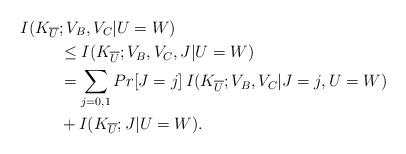
LaTeX: \begin{align*}I(K_{\overline{U}} & ; V_B,V_C|U=W ) \\ & \leq I(K_{\overline{U}} ; V_B,V_C, J|U=W) \\ & = \sum_{j=0,1}Pr[J=j] \,I(K_{\overline{U}} ; V_B,V_C| J=j,U=W) \\ & + I(K_{\overline{U}} ; J|U=W) .\end{align*}